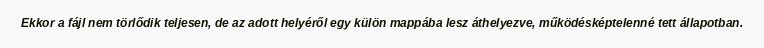
Ekkor a fájl nem törlődik teljesen, de az adott helyéről egy külön mappába lesz áthelyezve, működésképtelenné tett állapotban.